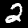
Digit: 2